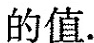
d的值